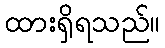
ထားရှိရသည်။